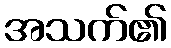
အသက်၏